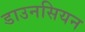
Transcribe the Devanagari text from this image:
डाउनसियन